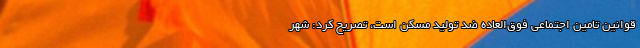
قوانین تامین اجتماعی فوق‌العاده ضد تولید مسکن است، تصریح کرد: شهر